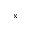
^ \mathrm { x }